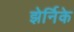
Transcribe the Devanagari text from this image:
झेर्निके